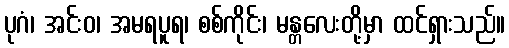
ပုဂံ၊ အင်းဝ၊ အမရပူရ၊ စစ်ကိုင်း၊ မန္တလေးတို့မှာ ထင်ရှားသည်။